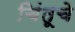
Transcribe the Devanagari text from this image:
चिंतूचे